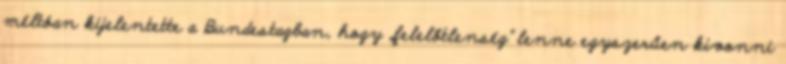
méltóan kijelentette a Bundestagban, hogy „felelőtlenség” lenne egyszerűen kivonni